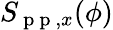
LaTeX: S_{\mathrm{~p~p~},x}(\phi)